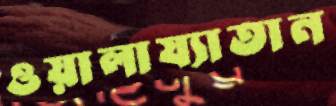
ওয়ালায্যাতান